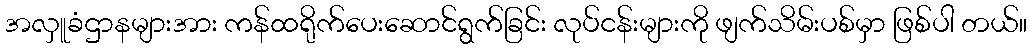
အလှူခံဌာနများအား ကန်ထရိုက်ပေးဆောင်ရွက်ခြင်း လုပ်ငန်းများကို ဖျက်သိမ်းပစ်မှာ ဖြစ်ပါ တယ်။